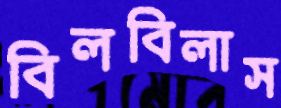
বিলবিলাস